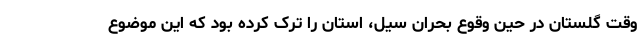
وقت گلستان در حین وقوع بحران سیل، استان را ترک کرده بود که این موضوع